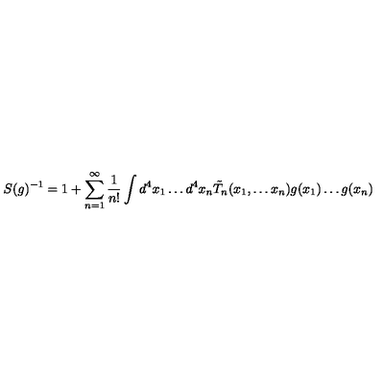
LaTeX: S ( g ) ^ { - 1 } = 1 + \sum _ { n = 1 } ^ { \infty } \frac { 1 } { n ! } \int d ^ { 4 } x _ { 1 } \ldots d ^ { 4 } x _ { n } \tilde { T } _ { n } ( x _ { 1 } , \ldots x _ { n } ) g ( x _ { 1 } ) \ldots g ( x _ { n } )